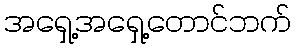
အရှေ့အရှေ့တောင်ဘက်